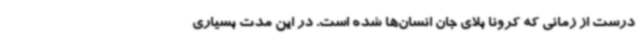
درست از زمانی که کرونا بلای جان انسان‌ها شده است. در این مدت بسیاری